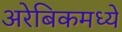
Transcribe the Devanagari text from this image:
अरेबिकमध्ये